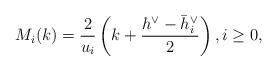
LaTeX: \begin{align*}M_i(k)=\frac{2}{u_i}\left(k+\frac{h^\vee-\bar h^\vee_i}{2}\right),i\ge 0,\end{align*}